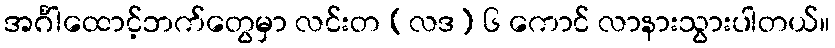
အင်္ဂါထောင့်ဘက်တွေမှာ လင်းတ (လဒ) ၆ ကောင် လာနားသွားပါတယ်။